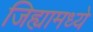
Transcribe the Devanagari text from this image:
जिह्यामध्ये